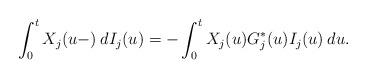
LaTeX: \begin{align*}\int_0^t X_j(u-) \: dI_j(u) = - \int_0^t X_j(u) G_j^*(u) I_j(u) \: du.\end{align*}